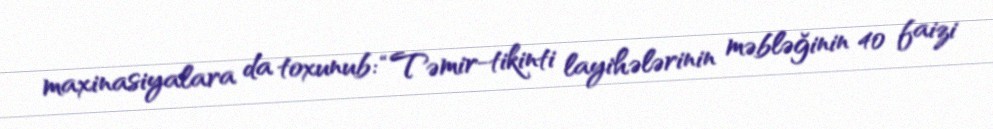
maxinasiyalara da toxunub: “Təmir-tikinti layihələrinin məbləğinin 40 faizi